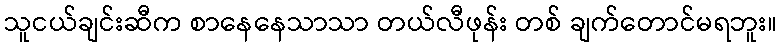
သူငယ်ချင်းဆီက စာနေနေသာသာ တယ်လီဖုန်း တစ် ချက်တောင်မရဘူး။